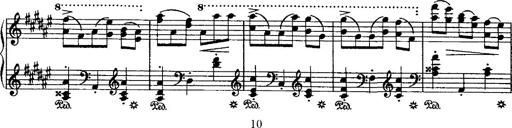
Title: Grande valse di bravura
Composer: Franz Liszt